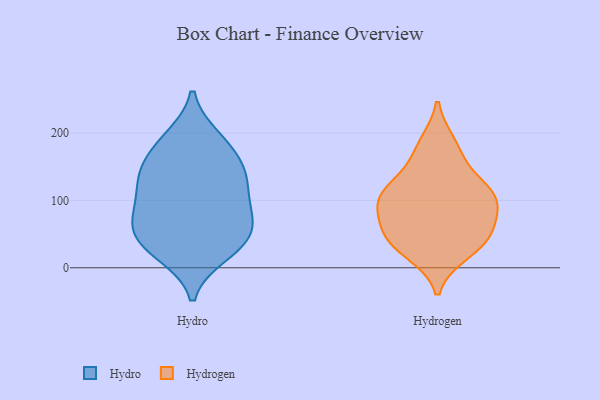
{"axis": {"x": "Page Views", "y": "Value"}, "legend": ["Hydro", "Hydrogen"], "data": [{"x": "", "y": 147, "type": "Hydro"}, {"x": "", "y": 20, "type": "Hydro"}, {"x": "", "y": 170, "type": "Hydro"}, {"x": "", "y": 27, "type": "Hydro"}, {"x": "", "y": 32, "type": "Hydro"}, {"x": "", "y": 193, "type": "Hydro"}, {"x": "", "y": 190, "type": "Hydro"}, {"x": "", "y": 66, "type": "Hydro"}, {"x": "", "y": 115, "type": "Hydro"}, {"x": "", "y": 73, "type": "Hydro"}, {"x": "", "y": 133, "type": "Hydro"}, {"x": "", "y": 147, "type": "Hydro"}, {"x": "", "y": 63, "type": "Hydro"}, {"x": "", "y": 41, "type": "Hydro"}, {"x": "", "y": 71, "type": "Hydro"}, {"x": "", "y": 124, "type": "Hydro"}, {"x": "", "y": 98, "type": "Hydro"}, {"x": "", "y": 46, "type": "Hydrogen"}, {"x": "", "y": 95, "type": "Hydrogen"}, {"x": "", "y": 183, "type": "Hydrogen"}, {"x": "", "y": 23, "type": "Hydrogen"}, {"x": "", "y": 62, "type": "Hydrogen"}, {"x": "", "y": 41, "type": "Hydrogen"}, {"x": "", "y": 37, "type": "Hydrogen"}, {"x": "", "y": 116, "type": "Hydrogen"}, {"x": "", "y": 102, "type": "Hydrogen"}, {"x": "", "y": 169, "type": "Hydrogen"}, {"x": "", "y": 118, "type": "Hydrogen"}, {"x": "", "y": 82, "type": "Hydrogen"}, {"x": "", "y": 112, "type": "Hydrogen"}]}